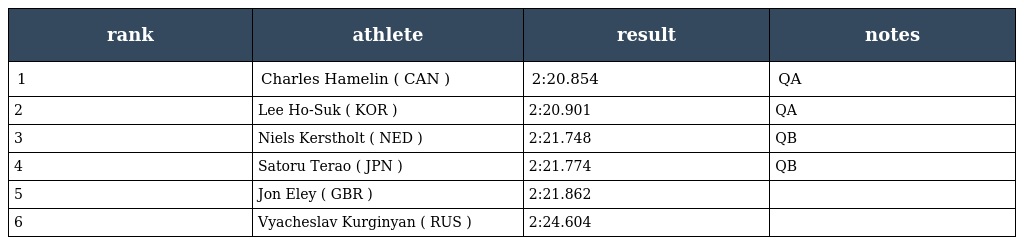
| rank | athlete | result | notes |
 | --- | --- | --- | --- |
 | 1 | Charles Hamelin ( CAN ) | 2:20.854 | QA |
 | 2 | Lee Ho-Suk ( KOR ) | 2:20.901 | QA |
 | 3 | Niels Kerstholt ( NED ) | 2:21.748 | QB |
 | 4 | Satoru Terao ( JPN ) | 2:21.774 | QB |
 | 5 | Jon Eley ( GBR ) | 2:21.862 |  |
 | 6 | Vyacheslav Kurginyan ( RUS ) | 2:24.604 |  |